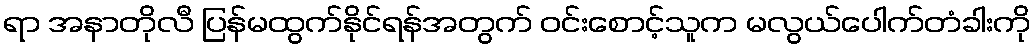
ရာ အနာတိုလီ ပြန်မထွက်နိုင်ရန်အတွက် ဝင်းစောင့်သူက မလွယ်ပေါက်တံခါးကို